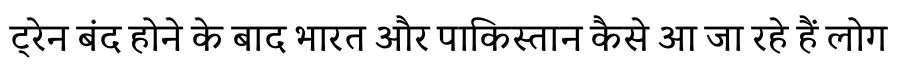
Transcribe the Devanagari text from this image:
ट्रेन बंद होने के बाद भारत और पाकिस्तान कैसे आ जा रहे हैं लोग